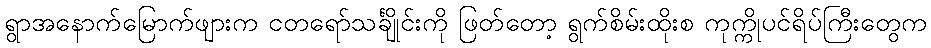
ရွာအနောက်မြောက်ဖျားက ငတရော်သင်္ချိုင်းကို ဖြတ်တော့ ရွက်စိမ်းထိုးစ ကုက္ကိုပင်ရိပ်ကြီးတွေက